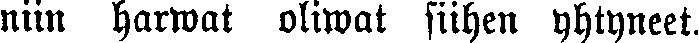
niin harwat oliwat siihen yhtyneet.